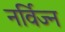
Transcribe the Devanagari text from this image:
नर्विज्न